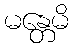
မန္တေမိ